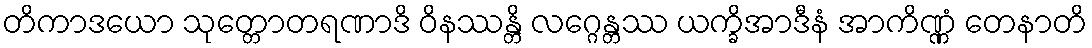
တိကာဒယော သုတ္တောတရဏာဒိ ဝိနဿန္တိ လဂ္ဂေန္တဿ ယက္ခိအာဒီနံ အာကိဏ္ဏံ တေနာတိ